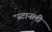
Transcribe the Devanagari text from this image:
स्टानली